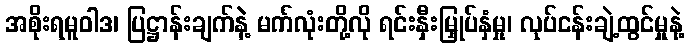
အစိုးရမူဝါဒ၊ ပြဋ္ဌာန်းချက်နဲ့ မက်လုံးတို့လို ရင်းနှီးမြှုပ်နှံမှု၊ လုပ်ငန်းချဲ့ထွင်မှုနဲ့